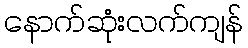
နောက်ဆုံးလက်ကျန်